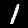
Label: 1